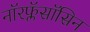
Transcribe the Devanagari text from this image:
नॉरफ्लॅसॉसिन